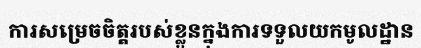
ការសម្រេចចិត្តរបស់ខ្លួនក្នុងការទទួលយកមូលដ្ឋាន